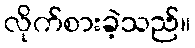
လိုက်စားခဲ့သည်။